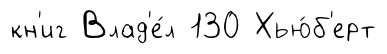
кн'иг Влад'е́л 130 Хью́б'ерт